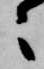
々